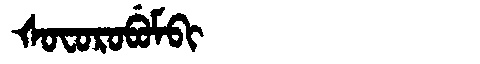
Manchu: ᡧᠣᠸᠣᡵᠣᠪᡠᠮᠪᡳ
Romanization: ŠOFOROBUMBI